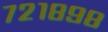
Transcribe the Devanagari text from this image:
७२१८९८